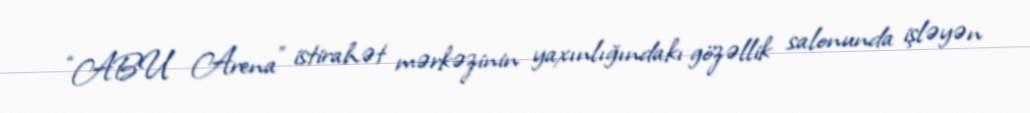
“ABU Arena” istirahət mərkəzinin yaxınlığındakı gözəllik salonunda işləyən